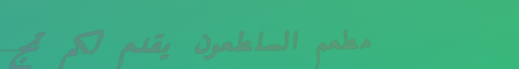
مطعم السلطعون يقدم لكم تج